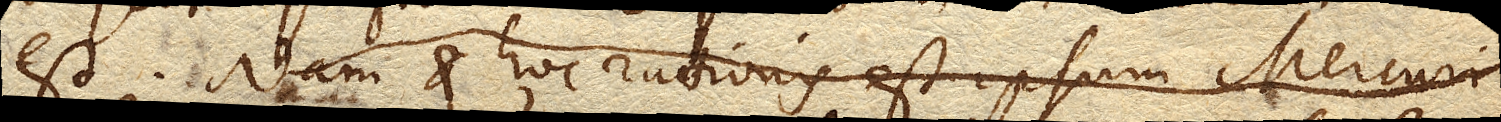
est. Nam et hoc rationis est ipsum Mercuri